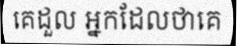
គេដួល អ្នកដែលថាគេ